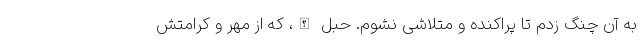
به آن چنگ زدم تا پراکنده و متلاشی نشوم. حبل الله، که از مهر و کرامتش